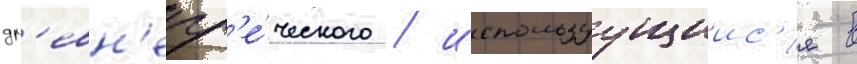
др'евн'егр'е́ческого / используущиис'я в